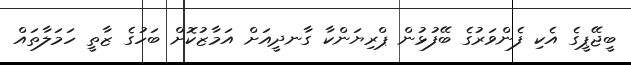
ބީޖޭޕީގެ އެކި ފެންވަރުގެ ބޭފުޅުން ޕްރިޔަންކާ ގާނދީއަށް އަމާޒުކޮށް ބަހުގެ ޒާތީ ހަމަލާތައް